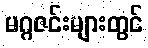
မဂ္ဂဇင်းများတွင်